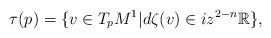
LaTeX: \begin{align*}\tau(p)=\{v\in T_pM^1|d\zeta(v)\in iz^{2-n}\mathbb{R}\},\end{align*}